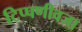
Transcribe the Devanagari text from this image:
टिप्पणीवजा